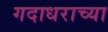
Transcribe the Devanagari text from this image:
गदाधराच्या